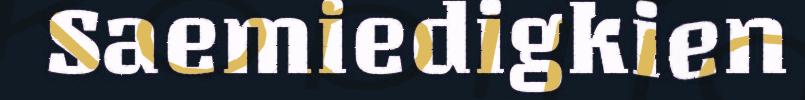
Saemiedigkien